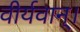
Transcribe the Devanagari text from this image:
वीर्यवान्।